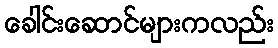
ခေါင်းဆောင်များကလည်း